Lunatic asylums Bombay report 1891-1903 - 1891-1903
Year: 1891
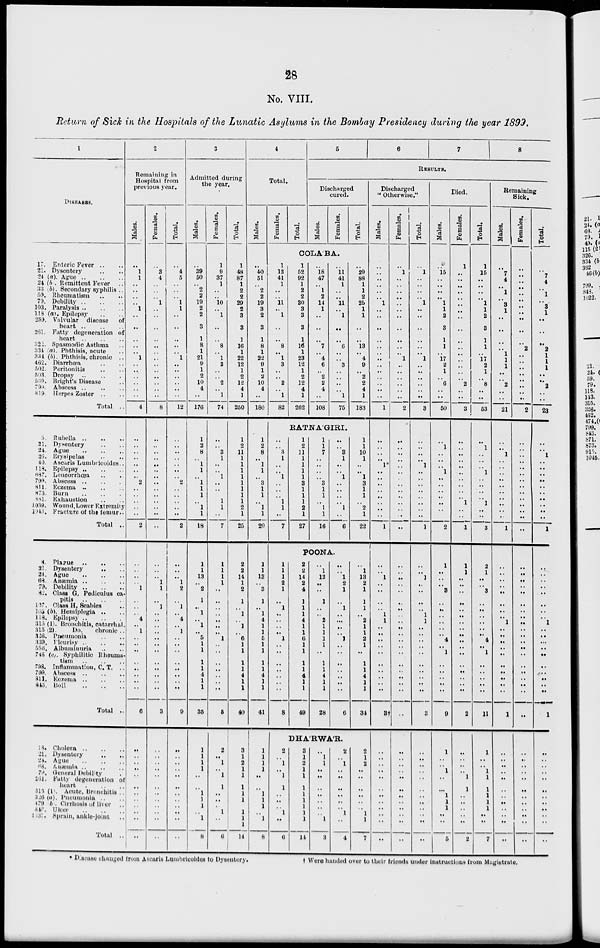
28
No. VIII.
Return of Sick in the Hospitals of the Lunatic Asylums in the Bombay Presidency during the year 1899.
1
DISEASES.
17. Enteric Fever .. ..
21. Dysentery .. ..
24 (a). Ague .. .. ..
24 (b). Remittent Fever
..
33 (b). Secondary syphilis ..
59. Rheumatism .. ..
79. Debility .. .. ..
103. Paralysis
..
..
..
118 (a). Epilepsy .. ..
259. Valvular disease
of
heart .. .. ..
261. Fatty degeneration of
heart
..
..
..
322. Spasmodic Asthma ..
334 (a). Phthisis, acute ..
334 (b). Phthisis, chronic ..
462. Diarrhœa .. ..
502. Peritonitis .. ..
593. Dropsy .. .. ..
539. Bright's Disease ..
799. Abscess
..
..
..
819. Herpes Zoster .. ..
Total ..
5. Rubella
..
..
..
21. Dysentery .. ..
24. Ague .. .. ..
26. Erysipelas .. ..
40. Ascaris Lumbricoides..
118. Epilepsy
..
..
..
687. Leucorrhœa .. ..
799. Abscess
..
..
..
811. Eczema .. .. ..
873. Burn
..
..
..
881. Exhaustion .. ..
1038. Wound,Lower Extremity
1043. Fracture of the femur ..
Total ..
8. Plague .. .. ..
21. Dysentery
.. .. ..
24. Ague
..
..
..
68. Anæmia
..
..
..
79. Debility
..
..
..
82. Class G, Pediculus ca-
pitis
..
..
..
107. Class H, Scabies ..
103(b). Hemiplegia .. ..
118. Epilepsy
..
..
..
3l5 (1). Bronchitis, catarrhal.
315 (2).
Do.
chronic ..
326. Pneumonia .. ..
339. Pleurisy
..
..
..
556. Albuminuria .. ..
746 (c). Syphilitic Rheuma-
tism
..
..
..
798. Inflammation, C. T. ..
799. Abscess
..
..
..
811. Eczema .. .. ..
845. Boil
..
..
..
Total ..
18. Cholera
..
..
..
21. Dysentery .. ..
24. Ague
..
..
..
68. Anæmia .. .. ..
79. General Debility ..
261. Fatty degeneration of
heart .. .. ..
315 (1). Acute, Bronchitis ..
326 (a). Pneumonia .. ..
479 (b). Cirrhosis of liver ..
843. Ulcer
..
..
..
1037. Sprain, ankle-joint ..
Total ..
2
Remaining in
Hospital from
previous year.
Males.
..
1
1
..
..
..
..
1
..
..
..
..
..
1
..
..
..
..
..
..
4
..
..
..
..
..
..
..
2
..
..
..
..
..
2
..
..
..
..
1
..
..
..
4
..
1
..
..
..
..
..
..
..
..
6
..
..
..
..
..
..
..
..
..
..
..
..
Females.
..
3
4
..
..
..
1
..
..
..
..
..
..
..
..
..
..
..
..
..
8
..
..
..
..
..
..
..
..
..
..
..
..
..
..
..
..
..
1
1
..
1
..
..
..
..
..
..
..
..
..
..
..
..
3
..
..
..
..
..
..
..
..
..
..
..
..
Total.
..
4
5
..
..
.. 1
1
..
..
..
..
.. 1
..
..
..
..
..
..
12
..
..
..
..
..
..
..
2
..
..
..
..
..
2
..
..
.. 1
2
..
1
..
4
..
1
..
..
..
..
..
..
..
..
9
..
..
..
..
..
..
..
..
..
..
..
..
3
Admitted during
the year.
Males.
..
39
50
..
2
2
19
2
2
3
1
8
1
21
9
1
2
10
4
..
176
1
2
8
..
1
1
.. 1
1
1
..
1
1
18
1
1
13
..
2
1
.. 1
..
1
..
5
1
1
1
1
4
1
1
35
1
1
1
1
..
..
1
1
1
..
1
8
Females.
1
9
37
1
..
.. 10
..
1
..
..
8
.. 1
3
..
..
2
..
1
74
..
..
3
1
..
..
1
..
..
..
1
1
..
7
1
1
1
1
..
..
..
..
..
..
..
1
..
..
..
..
..
..
..
5
2
..
1
..
1
1
..
..
..
1
..
6
Total.
1
48
87
1
2
2
29
2
3
3
1
16
1
22
12
1
2
12
4
1
250
1
2
11
1
..
1
1
1
1
1
1
2
1
25
2
2
14
1
2
1
..
1
..
1
..
6
1
1
1
1
4
1
1
40
3
1
2
1
1
1
1
1
1
1
1
14
4
Total.
Males.
..
40
51
..
2
2
19
3
2
3
1
8
1
22
9
1
2
10
4
..
180
1
2
8
..
1
1
.. 3
1
1
..
1
1
20
1
1
13
..
3
1
..
1
4
1
1
5
1
1
1
1
4
1
1
41
1
1
1
1
..
..
1
1
1
..
1
8
Females.
Total.
5
6
7
8
RESULTS.
Discharged
cured.
Males.
Females.
COLA'BA.
1
12
41
1
..
.. 11
..
1
..
..
8
..
1
3
..
..
2
..
1
82
1
52
92
1
2
2
30
3
3
3
1
16
1
23
12
1
2
12
4
1
262
..
18
47
..
1
2
14
1
..
..
..
7
..
4
6
..
2
2
4
..
108
..
11
41
1
..
.. 11
..
1
..
..
6
..
..
3
..
..
..
..
1
75
Total.
..
29
88
1
1
2
25
1
1
..
..
13
.. 4
9
..
2
2
4
1
183
RATNA'GIRI.
..
..
3
1
..
..
1
..
..
..
1
1
..
7
1
1
1
2
1
..
1
..
..
..
..
1
..
..
..
..
..
..
..
8
2
..
1
..
1
1
..
..
..
1
..
6
1
2
11
1
1
1
1
3
1
1
1
2
1
27
1
1
7
..
..
..
..
3
1
1
..
1
1
16
..
..
3
1
..
..
1
..
..
..
..
1
..
6
POONA.
2
2
14
2
4
1
1
1
4
..
1
6
1
1
1
1
4
1
1
49
..
1
12
..
..
1
.. ..
2
1
1
1
1
..
1
1
4
1
1
28
..
..
1
2
1
..
1
..
..
..
..
1
..
..
..
..
..
..
..
6
DHA'RWA'R.
3
1
2
1
1
1
1
1
1
1
1
14
..
1
1
..
..
..
..
..
..
..
1
3
2
..
1
..
..
..
..
..
..
1
..
4
1
1
10
1
..
..
1
3
1
1
..
2
1
22
..
1
13
2
1
1
1
..
2
1
1
2
1
..
1
1
4
1
1
34
2
1
2
..
..
..
..
..
..
1
1
7
Discharged
" Otherwise."
Males.
..
..
..
..
..
.. 1
..
..
..
..
..
..
..
..
..
..
..
..
..
1
..
..
..
..
1*
..
..
..
..
..
..
..
..
1
..
..
1
..
..
..
.. 1
1
..
..
..
..
..
..
..
..
..
..
3†
..
..
..
..
..
..
..
..
..
..
..
..
Females.
..
1
..
..
..
..
..
..
..
..
..
..
.. 1
..
..
..
..
..
..
2
..
..
..
..
..
..
..
..
..
..
..
..
..
..
..
..
..
..
..
..
..
..
..
..
..
..
..
..
..
..
..
..
..
..
..
..
..
..
..
..
..
..
..
..
..
..
Total.
..
1
..
..
..
.. 1
..
..
..
..
..
..
1
..
..
..
..
..
..
3
..
..
..
..
1
..
..
..
..
..
..
..
..
1
..
..
1
..
,.
..
.. 1
1
..
..
..
..
..
..
..
..
..
..
3
..
..
..
..
..
..
..
..
..
..
..
..
Died.
Males.
..
15
..
..
..
.. 1
1
2
3
1
1
.. 17
2
1
..
6
..
..
Females.
1
..
..
..
..
..
..
..
..
..
..
..
..
..
..
..
..
2
..
..
50
3
..
1
..
..
..
1
..
..
..
..
..
..
..
2
1
..
.. ..
3
..
..
..
..
..
..
4
..
1
..
..
..
..
..
9
1
..
..
1
..
..
1
1
1
..
..
5
..
..
..
..
..
..
..
..
..
..
1
..
..
1
1
1
..
..
..
..
..
..
..
..0
..
..
..
..
..
..
..
..
..
2
..
..
..
..
1
1
..
..
..
..
..
2
Total.
1
15
..
..
..
..
1
1
2
3
1
1
..
17
2
1
..
8
..
..
53
..
1
..
..
..
1
..
..
..
..
1
..
..
3
2
1
..
..
3
..
..
..
..
..
..
4
..
1
..
..
..
..
..
11
1
..
..
1
1
1
1
1
1
..
..
7
Remaining
Sick.
Males.
..
7
4
..
1
.. 3
1
..
..
..
..
1
1
1
..
..
2
..
..
21
..
..
1
..
..
..
..
..
..
..
..
..
..
1
..
..
..
..
..
..
..
..
1
..
..
..
..
..
..
..
..
..
..
1
..
..
..
..
..
..
..
..
..
..
..
..
Females.
..
..
..
..
..
..
..
..
..
..
..
2
..
..
..
..
..
..
..
..
2
..
..
..
..
..
..
..
..
..
..
..
..
..
..
..
..
..
..
..
..
..
..
..
..
..
..
..
..
..
..
..
..
..
..
..
..
..
..
..
..
..
..
..
..
..
..
Total.
..
7
4
..
1
..
3
1
..
..
..
2
1
1
1
..
..
2
..
..
23
..
..
1
..
..
..
..
..
..
..
..
..
..
1
..
..
..
..
..
..
..
..
1
..
..
..
..
..
..
..
..
..
..
1
..
..
..
..
..
..
..
..
..
..
..
..
* Disease changed from Ascaris Lumbricoides to Dysentery.
†
Were handed over to their friends under instructions from Magistrate.